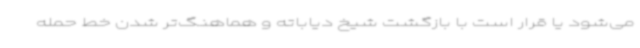
می‌شود یا قرار است با بازگشت شیخ دیاباته و هماهنگ‌تر شدن خط حمله